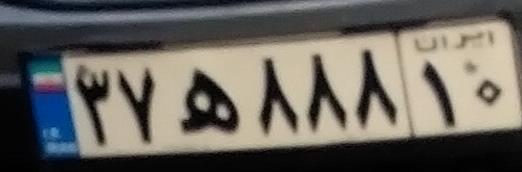
۳۷ه۸۸۸۱۰